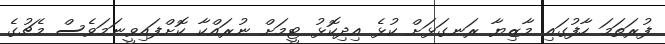
ފުރަތަމަ ހާފުގައި މާޒިޔާ ރަނގަޅަށް ކުޅެ އިދިކޮޅު ޓީމަށް ނުރައްކާ ކޮށްފައިވީނަމަވެސް މެޗުގެ